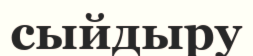
сыйдыру